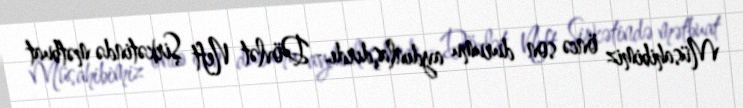
Müsahibimiz öncə son durumu aydınlaşdırdı.- Dövlət Neft Şirkətində mətbuat